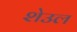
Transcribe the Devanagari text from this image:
शेउल